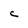
Character: C